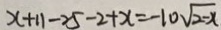
x + 1 1 - 2 5 - 2 + x = - 1 0 \sqrt { 2 - x }